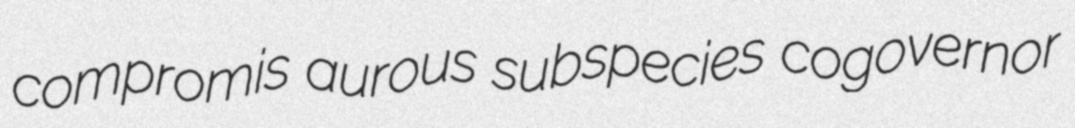
compromis aurous subspecies cogovernor